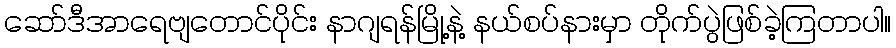
ဆော်ဒီအာရေဗျတောင်ပိုင်း နာဂျရန်မြို့နဲ့ နယ်စပ်နားမှာ တိုက်ပွဲဖြစ်ခဲ့ကြတာပါ။